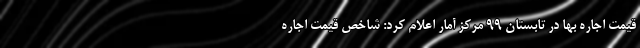
قیمت اجاره بها در تابستان ۹۹ مرکز آمار اعلام کرد: شاخص قیمت اجاره